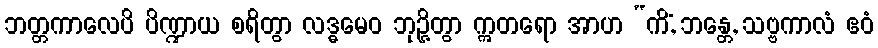
ဘတ္တကာလေပိ ပိဏ္ဍာယ စရိတွာ လဒ္ဓမေဝ ဘုဉ္ဇိတွာ ဣတရော အာဟ “ကိံ, ဘန္တေ, သဗ္ဗကာလံ ဧဝံ